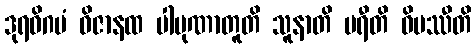
ဒုရဓိဂမံ ဝိဇာနထ ပါပုဏာတူတိ သူနာတိ ပရီတိ ဝိပဿီတိ